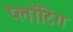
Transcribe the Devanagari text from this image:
प्लॉटिंग